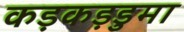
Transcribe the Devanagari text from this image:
कड़कड़डुमा